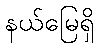
နယ်မြေရှိ